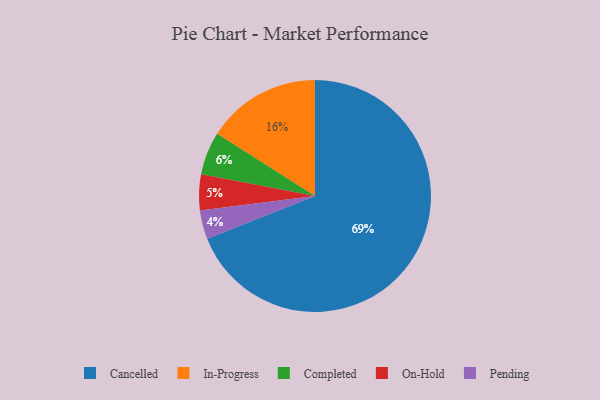
{"axis": {"x": "Category", "y": "Percentage"}, "legend": ["Cancelled", "Completed", "In-Progress", "On-Hold", "Pending"], "data": [{"x": "Completed", "y": 6, "type": "Completed"}, {"x": "On-Hold", "y": 5, "type": "On-Hold"}, {"x": "Pending", "y": 4, "type": "Pending"}, {"x": "In-Progress", "y": 16, "type": "In-Progress"}, {"x": "Cancelled", "y": 69, "type": "Cancelled"}]}